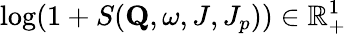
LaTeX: \mathrm{log}(1+S(\mathbf{Q},\omega,J,J_{p}))\in\mathbb{R}_{+}^{1}